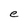
Character: e